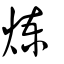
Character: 煉